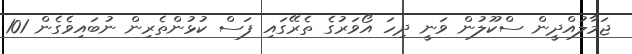
ޖަމާލުއްދީން ސްކޫލުން ވަނީ ދިހަ އޯވަރުގެ ތެރޭގައި ފަސް ކުޅުންތެރިން ނުބައިވެގެން 101